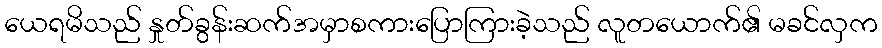
ယေရမိသည် နှုတ်ခွန်းဆက်အမှာစကားပြောကြားခဲ့သည် လူတယောက်၏ မခင်လှက